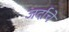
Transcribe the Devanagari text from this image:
जर्दाचे